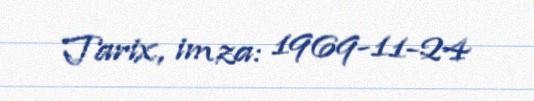
Tarix, imza: 1969-11-24